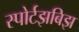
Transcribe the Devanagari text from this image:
स्पोर्टझबिझ